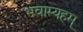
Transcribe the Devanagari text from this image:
भवाम्यहम्